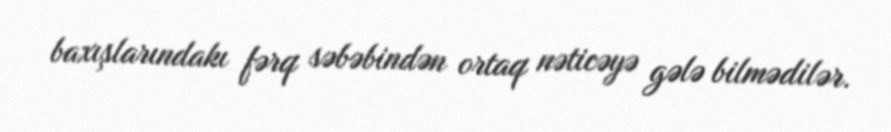
baxışlarındakı fərq səbəbindən ortaq nəticəyə gələ bilmədilər.